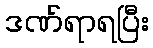
ဒဏ်ရာရပြီး